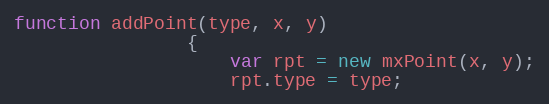
Language: JavaScript
function addPoint(type, x, y)
				{
					var rpt = new mxPoint(x, y);
					rpt.type = type;